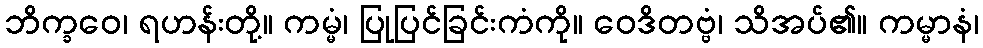
ဘိက္ခဝေ၊ ရဟန်းတို့။ ကမ္မံ၊ ပြုပြင်ခြင်းကံကို။ ဝေဒိတဗ္ဗံ၊ သိအပ်၏။ ကမ္မာနံ၊